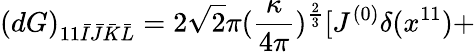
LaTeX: (dG)_{11\bar{I}\bar{J}\bar{K}\bar{L}}=2\sqrt{2}\pi(\frac{\kappa}{4\pi})^{\frac{2}{3}}[J^{(0)}\delta(x^{11})+